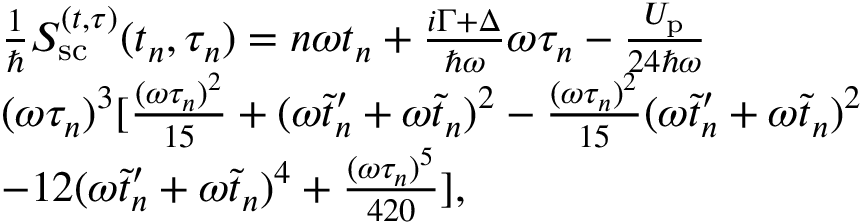
\begin{array} { r l } & { \frac { 1 } { \hbar } S _ { \mathrm { s c } } ^ { ( t , \tau ) } ( t _ { n } , \tau _ { n } ) = n \omega t _ { n } + \frac { i \Gamma + \Delta } { \hbar \omega } \omega \tau _ { n } - \frac { U _ { \mathrm { p } } } { 2 4 \hbar \omega } } \\ & { ( \omega \tau _ { n } ) ^ { 3 } [ \frac { ( \omega \tau _ { n } ) ^ { 2 } } { 1 5 } + ( \omega \tilde { t } _ { n } ^ { \prime } + \omega \tilde { t } _ { n } ) ^ { 2 } - \frac { ( \omega \tau _ { n } ) ^ { 2 } } { 1 5 } ( \omega \tilde { t } _ { n } ^ { \prime } + \omega \tilde { t } _ { n } ) ^ { 2 } } \\ & { - { 1 2 } ( \omega \tilde { t } _ { n } ^ { \prime } + \omega \tilde { t } _ { n } ) ^ { 4 } + \frac { ( \omega \tau _ { n } ) ^ { 5 } } { 4 2 0 } ] , } \end{array}